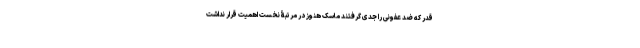
قدر که ضد عفونی را جدی گرفتند ماسک هنوز در مرتبۀ نخست اهمیت قرار نداشت